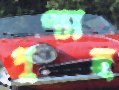
পুণ্যাহ